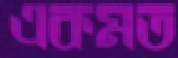
একমত